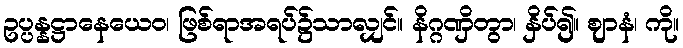
ဥပ္ပန္နဋ္ဌာနေယေဝ၊ ဖြစ်ရာအရပ်၌သာလျှင်။ နိဂ္ဂဏှိတွာ၊ နှိပ်၍။ ဈာနံ၊ ကို။